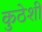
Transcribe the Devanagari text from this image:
कुठेशी